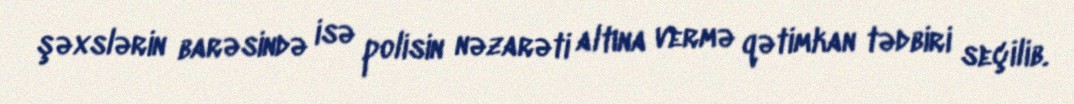
şəxslərin barəsində isə polisin nəzarəti altına vermə qətimkan tədbiri seçilib.